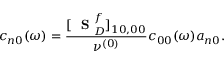
c _ { n 0 } ( \omega ) = \frac { [ \mathrm { ~ \bf ~ S ~ } _ { D } ^ { f } ] _ { 1 0 , 0 0 } } { \nu ^ { ( 0 ) } } c _ { 0 0 } ( \omega ) a _ { n 0 } .